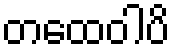
တထေဝါပိ